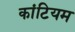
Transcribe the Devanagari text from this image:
कांटियम